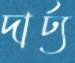
দার্ঢ্য